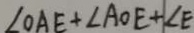
\angle O A E + \angle A O E + \angle E